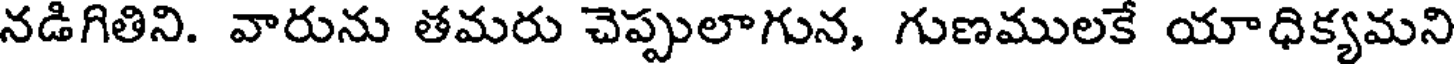
నడిగితిని. వారును తమరు చెప్పులాగున, గుణములకే యాధిక్యమని